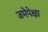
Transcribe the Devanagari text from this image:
जमेपेक्षा